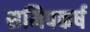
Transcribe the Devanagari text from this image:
समिपकर्ष